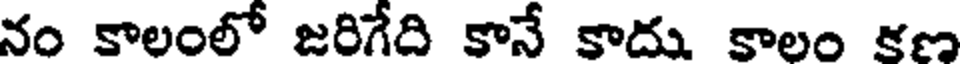
నం కాలంలో జరిగేది కానే కాదు కాలం కణ